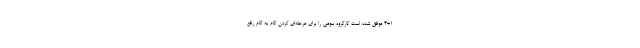
۴+۱ موفق شده است کارگروه سومی را برای مرحله‌ای کردن گام به گام رفع